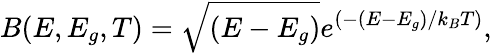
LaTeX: B(E,E_{g},T)=\sqrt{(E-E_{g})}e^{(-(E-E_{g})/k_{B}T)},